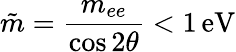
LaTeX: \tilde{m}=\frac{m_{ee}}{\cos{2\theta}}<1\, \mathrm{eV}